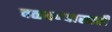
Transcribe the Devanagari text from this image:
वळवण्यासाठी